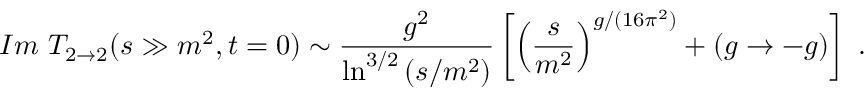
I m ~ T _ { 2 \rightarrow 2 } ( s \gg m ^ { 2 } , t = 0 ) \sim \displaystyle { \frac { g ^ { 2 } } { \ln ^ { 3 / 2 } \left( s / m ^ { 2 } \right) } } \left[ \left( \frac { s } { m ^ { 2 } } \right) ^ { g / ( 1 6 \pi ^ { 2 } ) } + ( g \rightarrow - g ) \right] \, \, .